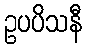
ဥပပိသနီ